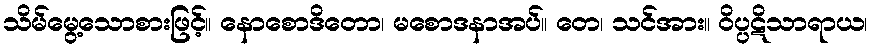
သိမ်မွေ့သောစားဖြင့်။ နောစောဒိတော၊ မစောဒနာအပ်။ တေ၊ သင်အား။ ဝိပ္ပဋိသာရာယ၊